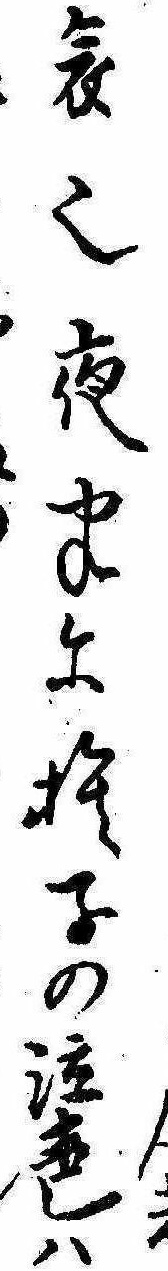
哀也夜半に捨子の泣声は